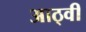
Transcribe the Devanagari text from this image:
आठ्वीं